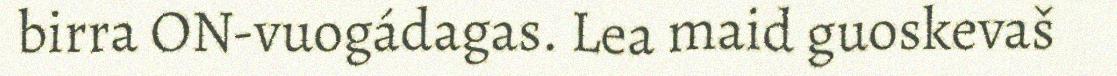
birra ON-vuogádagas. Lea maid guoskevaš